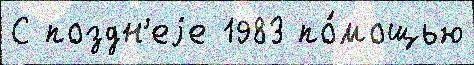
С поздн'еjе 1983 по́мощью